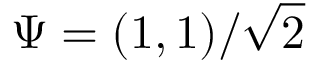
\Psi = ( 1 , 1 ) / \sqrt { 2 }